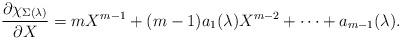
LaTeX: \begin{align*} \frac{\partial\chi_{\Sigma(\lambda)}}{\partial X}=m X^{m-1} +(m-1)a_1(\lambda) X^{m-2}+\cdots+ a_{m-1}(\lambda). \end{align*}